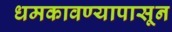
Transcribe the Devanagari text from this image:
धमकावण्यापासून